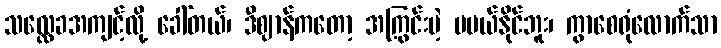
သလ္လေခအကျင့်လို့ ခေါ်တယ်၊ ဒီဈာန်ကတော့ အကြွင်းမဲ့ မပယ်နိုင်ဘူး၊ ကွာစေရုံလောက်သာ